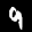
Digit: 9